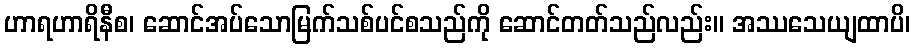
ဟာရဟာရိနီစ၊ ဆောင်အပ်သောမြက်သစ်ပင်စသည်ကို ဆောင်တတ်သည်လည်း။ အဿသေယျထာပိ၊